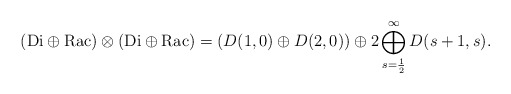
\begin{align*}({\mathrm{Di}}\oplus{\mathrm{Rac}})\otimes({\mathrm{Di}}\oplus{\mathrm{Rac}})=(D(1,0)\oplus D(2,0))\oplus2 \bigoplus_{s=\frac{1}{2}}^\infty D(s+1,s).\end{align*}